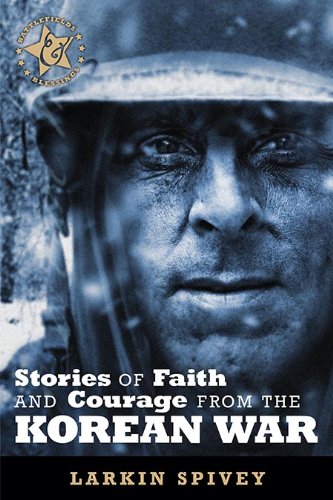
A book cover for Stories of Faith and Courage from the Korean War (Battlefields & Blessings); Larkin Spivey; History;